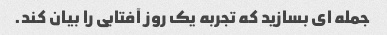
جمله ای بسازید که تجربه یک روز آفتابی را بیان کند.